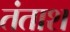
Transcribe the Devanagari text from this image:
तंताश